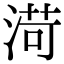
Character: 渮